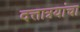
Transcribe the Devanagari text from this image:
दत्तात्रयांचा